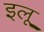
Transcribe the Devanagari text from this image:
इलू